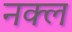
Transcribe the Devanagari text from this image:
नक्ल